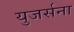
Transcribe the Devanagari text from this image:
युजर्सना